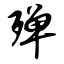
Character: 殚